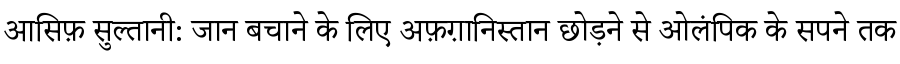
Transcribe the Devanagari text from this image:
आसिफ़ सुल्तानी: जान बचाने के लिए अफ़ग़ानिस्तान छोड़ने से ओलंपिक के सपने तक